Code of medical and sanitary regulations for the guidance of medical officers serving in the Madras Presidency - Volume I
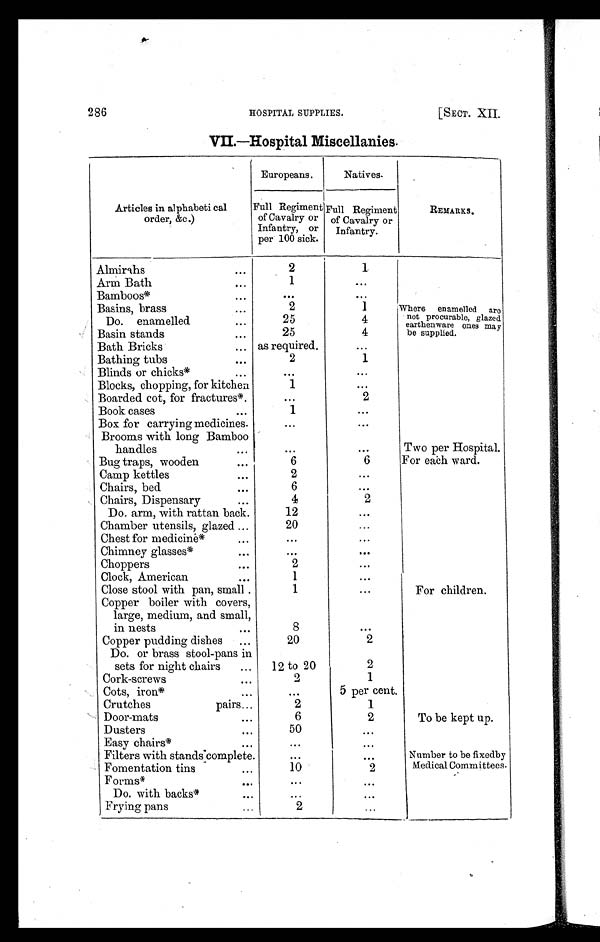
HOSPITAL SUPPLIES.
VII.—Hospital Miscellanies.
[SECT. XII.
286
Articles in alphabetical
order, &c.)
Europeans.
Natives.
REMARKS.
Full Regiment
of Cavalry or
Infantry, or
per 100 sick.
Full Regiment
of Cavalry or
Infantry.
Almirahs
. . .
2
1
Arm Bath
. . .
1
. . .
Bamboos*
. . .
. . .
. . .
Basins, brass
2
1
Where enamelled are
not procurable, glazed
earthenware ones may
be supplied.
Do. enamelled
. . .
25
4
Basin stands
. . .
25
4
Bath Bricks
... as required.
...
Bathing tubs
. . .
2
1
Blinds or chicks*
...
. . .
. . .
Blocks, chopping, for kitchen
1
. . .
Boarded cot, for fractures* .
. . .
2
Book cases
. . .
1
...
Box for carrying medicines.
. . .
. . .
Brooms with long Bamboo
handles ...
. . .
. . .
Two per Hospital.
Bug traps, wooden
. . .
6
6
For each ward.
Camp kettles
. . .
2
...
Chairs, bed
. . .
6
...
Chairs, Dispensary
. . .
4
2
Do. arm, with rattan back.
12
. . .
Chamber utensils, glazed ...
20
...
Chest for medicine*
...
. . .
...
Chimney glasses*
. . .
. . .
. . .
Choppers
. . .
2
...
Clock, American
. . .
1
...
Close stool with pan, small .
1
...
For children.
Copper boiler with covers,
large, medium, and small,
in nests ...
8
. . .
Copper pudding dishes
...
20
2
Do. or brass stool-pans in
sets for night chairs ...
12 to 20
2
Cork-screws
. . .
2
1
Cots, iron*
. . .
. . .
5 per cent.
Crutches pairs ...
2
1
Door-mats
. . .
6
2
To be kept up.
Dusters
. . .
50
. . .
Easy chairs*
. . .
. . .
...
Filters with stands complete.
. . .
. . .
Number to be fixedby
Medical Committees.
Fomentation tins
...
10
2
Forms*
...
. . .
. . .
Do. with backs*
...
...
. . .
Frying pans
...
2
. . .